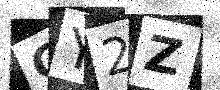
Text: CY2Z